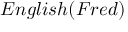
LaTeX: E n g l i s h ( F r e d )